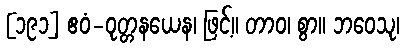
[၁၉၁] ဧဝံ-ဝုတ္တနယေန၊ ဖြင့်။ တာဝ၊ စွာ။ ဘဝေသု၊